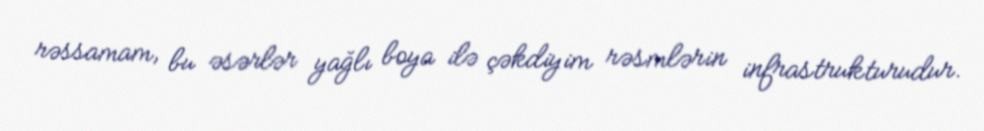
rəssamam, bu əsərlər yağlı boya ilə çəkdiyim rəsmlərin infrastrukturudur.